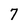
Character: 7